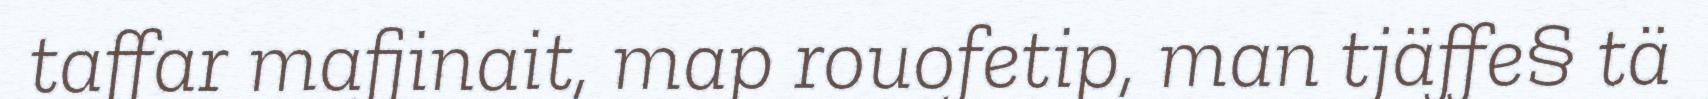
taffar mafjinait, map rouofetip, man tjäffe§ tä